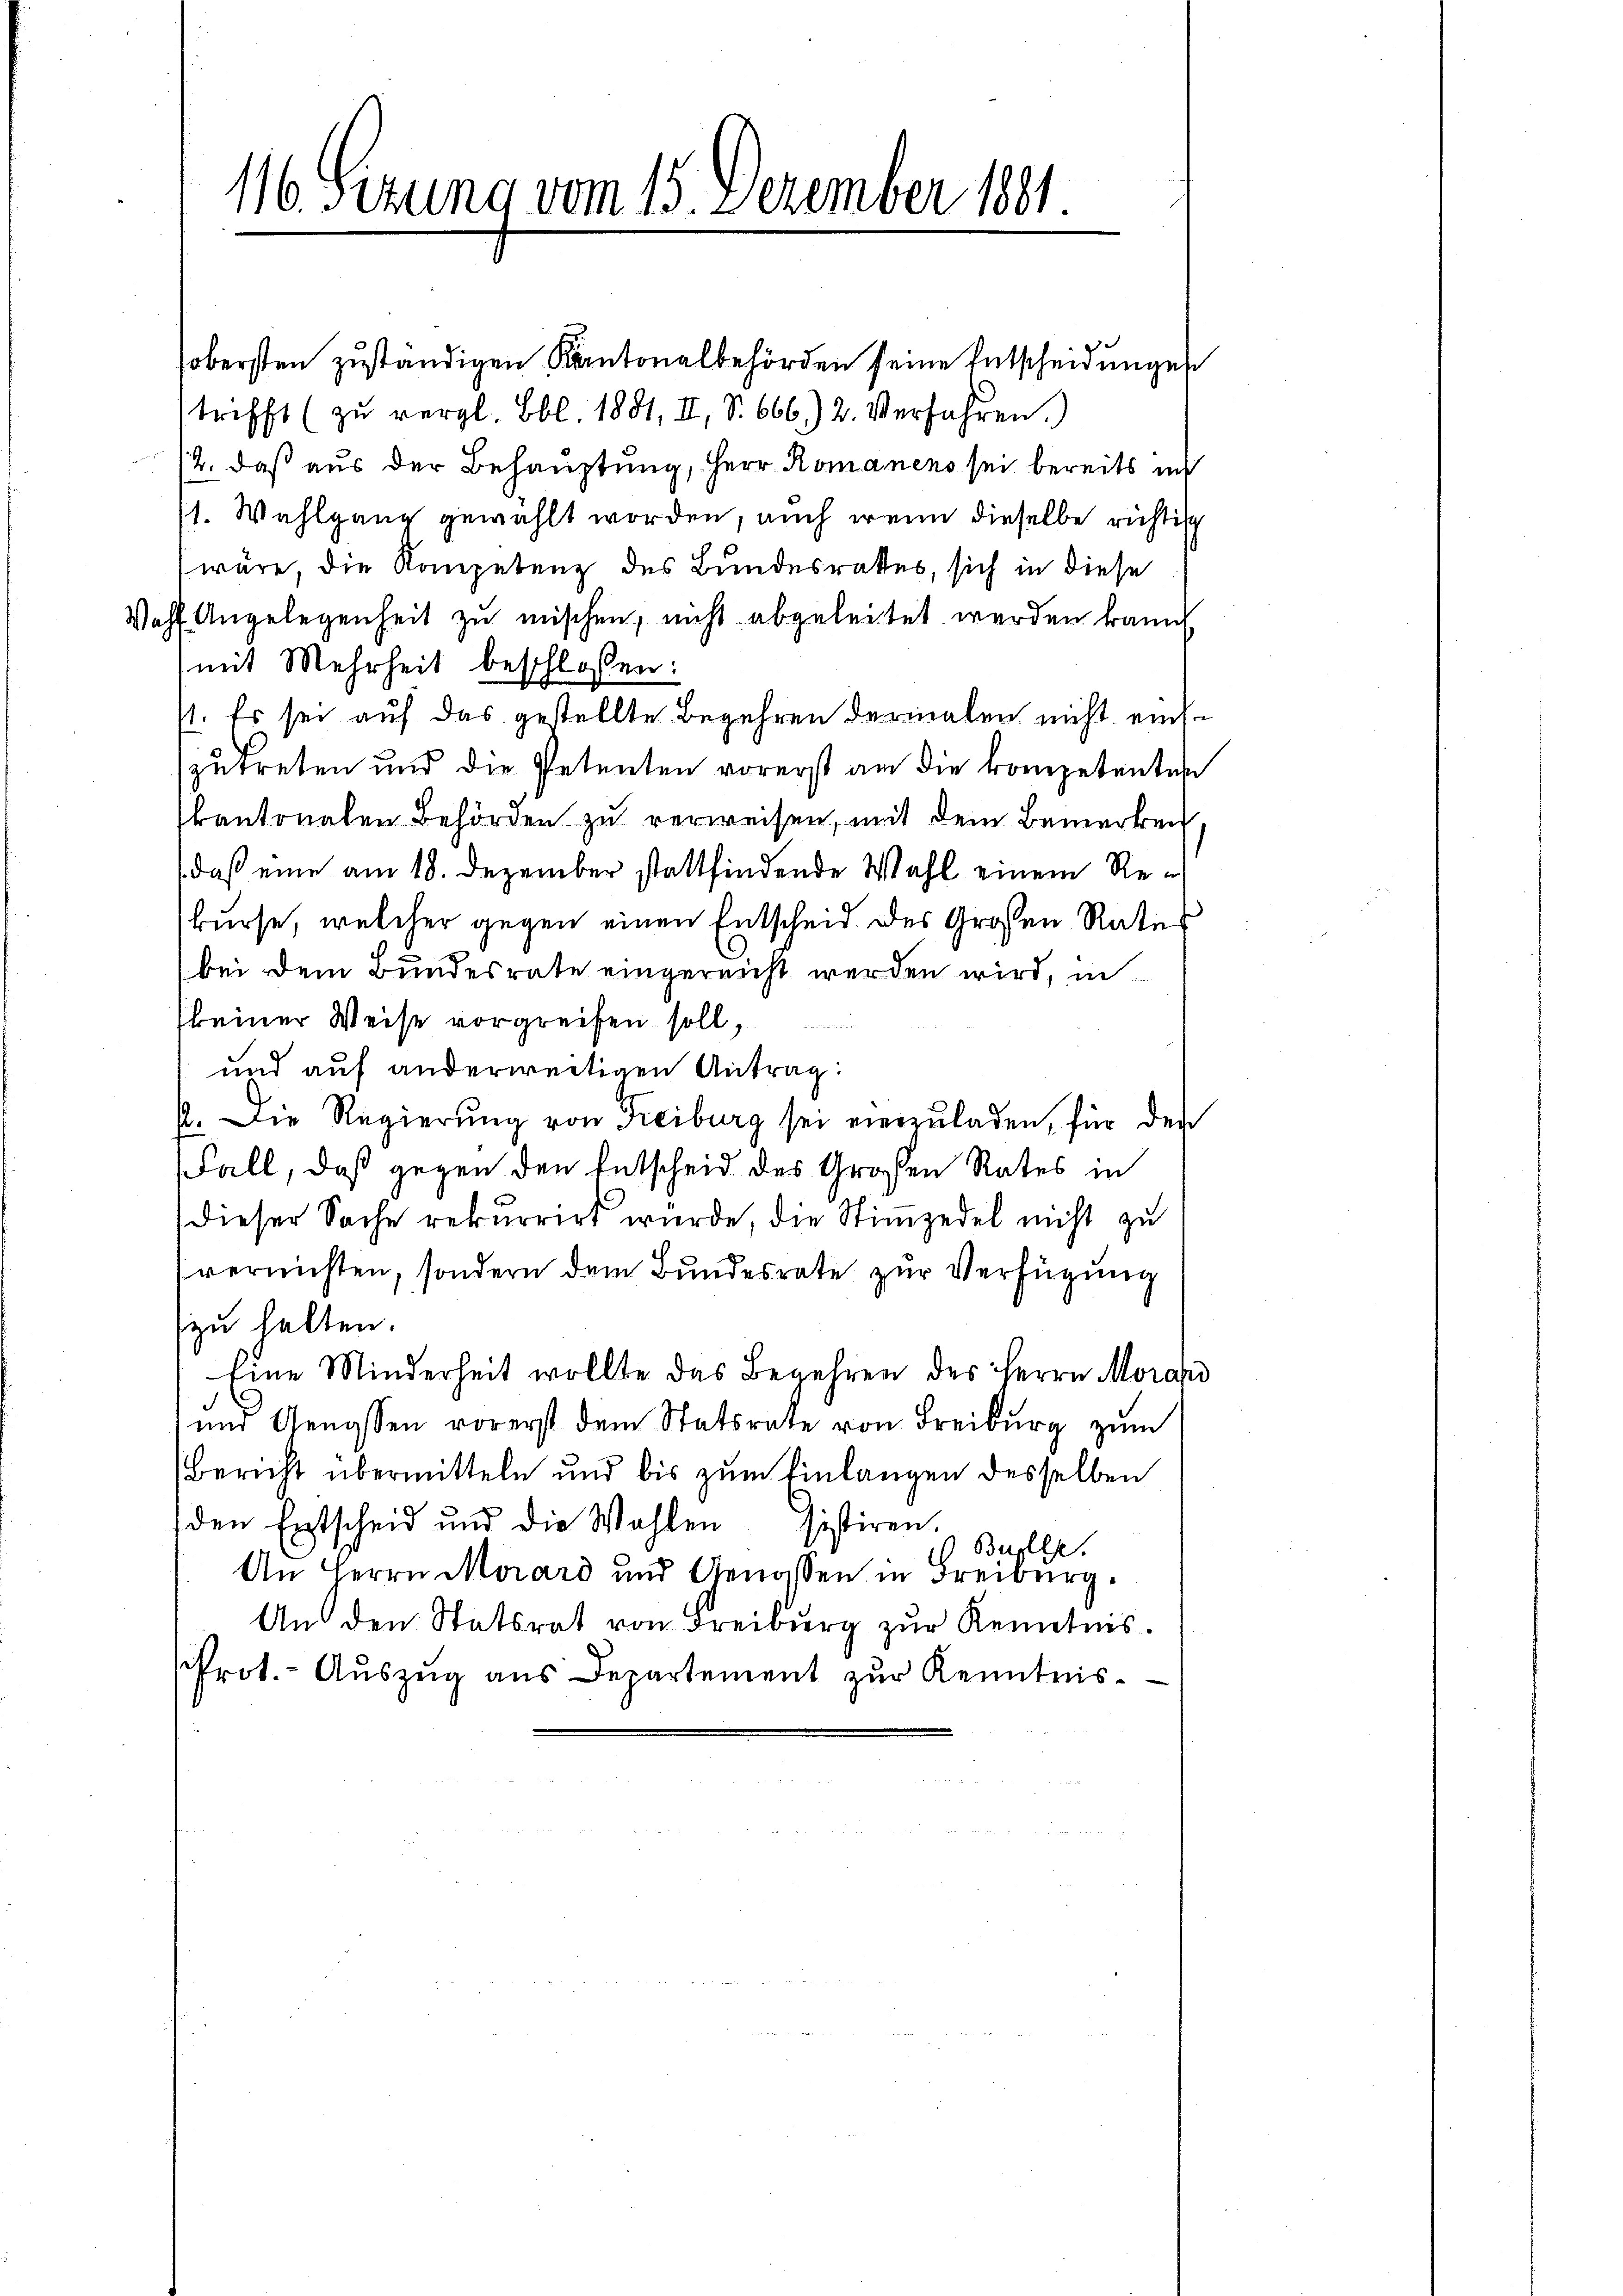
obersten zuständigen Kantonalbehörden seine Entscheidungen
trifft (zu vergl. Bbl. 1881, II, S. 666.) 2. Verfahren.)
12. daß aus der Behauptung, Herr Romanens sei bereits in
1. Wahlgang gewählt worden, auch wenn dieselbe richtig
wäre, die Kompetenz des Bundesrathes, sich in diese
Wahl Angelegenheit zu mischen, nicht abgeleitet werden kann.
mit Mehrheit beschlossen:
st. Es sei auf das gestellte Begehren dermalen nicht einszutreten und die Petenten vorerst an die kompetenten
kantonalen Behörden zu verweisen, mit dem Bemerken
daß eine am 18. Dezember stattfindende Wahl einem Rekurse, welcher gegen einen Entscheid des Großen Rates
bei dem Bundesrate eingereicht werden wird, in
keiner Weise vorgreifen soll,
und auf anderweitigen Antrag:
p. Die Regierŭng von Freiburg sei vierzŭladen, für den
Fall, daß gegen den Entscheid des Großen Rates in
dieser Sache rekurrirt wurde, die Stimmzedel nicht zu
(vernichten, sondern dem Bundesrate zur Verfügung
zu halten.
Eine Minderheit wollte das Begehren des Herrn Morans
und Genossen vorerst dem Statsrate von Freiburg zum
Bericht übermitteln und bis zum Einlangen desselben
den Entscheid und die Wahlen sistiren.
 Bulle.
An Herrn Morard und Genossen in Freiburg.
An den Statsrat von Freiburg zur Kenntnis.
Prot.- Aŭszŭg aŭs Departement zŭr Kenntnis.

116. Sezung vom 15. Dezember 1801.